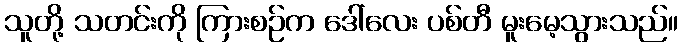
သူတို့ သတင်းကို ကြားစဉ်က ဒေါ်လေး ပစ်တီ မူးမေ့သွားသည်။